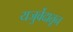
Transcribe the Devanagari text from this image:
यजुर्वेदातून